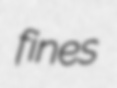
fines